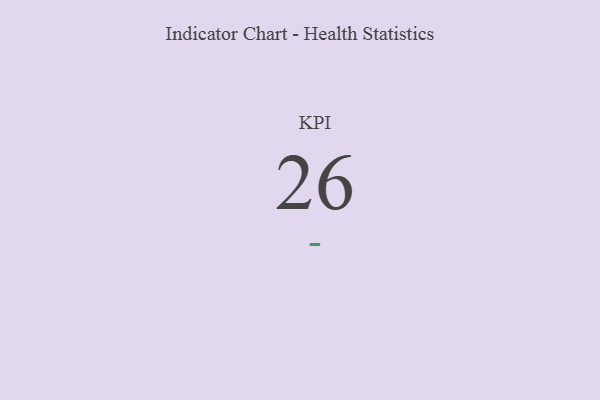
{"axis": {"x": "KPI", "y": "Value"}, "legend": [""], "data": [{"x": "KPI", "y": 26, "type": ""}]}